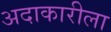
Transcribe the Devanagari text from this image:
अदाकारीला